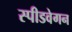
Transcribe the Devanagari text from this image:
स्पीडवेगन